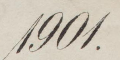
1901